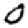
Digit: 0